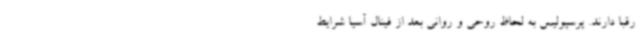
رقبا دارند. پرسپولیس به لحاظ روحی و روانی بعد از فینال آسیا شرایط